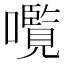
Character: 𫬠